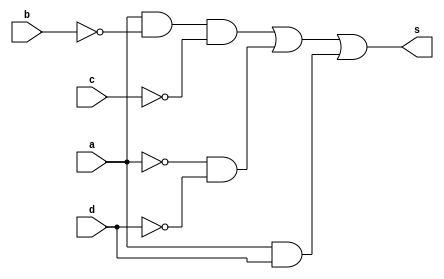
// Guia 08 - Capitulo 3
// Nome: Karen Alves Pereira
// Data: 07/04/2011
//-------------------------------

 module funcaoSop2 (s, a, b, c, d);
 output s;
 input a, b, c, d;
 wire tem1, tem2, tem3, tem4, tem5, tem6, tem7;
 
 not NOT1 (tem1,a);
 not NOT2 (tem2,b);
 not NOT3 (tem3,c);
 not NOT4 (tem4,d);
 and AND1 (tem5, a, tem2, tem3);
 and AND2 (tem6, tem1, tem4);
 and AND3 (tem7, a, d);
 or OR1 (s, tem5, tem6, tem7);
 
 endmodule
 
 module testefuncaoSop2;
 reg a, b, c, d;
 wire s;
 
 funcaoSop2 FUN2 (s, a, b, c, d);
 
  initial begin
      $display("Laboratorio 08 - Karen Alves Pereira - 407451");
      $display("TESTE FUNCAO");
      $display("\na    b    c    d    s\n");
      $monitor("%b   %b   %b    %b    %b", a, b, c, d, s);
		
		  a=0; b=0; c=0; d=0;
    #1  a=0; b=0; c=0; d=1;
    #1  a=0; b=0; c=1; d=0;
    #1  a=0; b=0; c=1; d=1;
	 #1  a=0; b=1; c=0; d=0;
    #1  a=0; b=1; c=0; d=1;
    #1  a=0; b=1; c=1; d=0;
    #1  a=0; b=1; c=1; d=1;
    #1  a=1; b=0; c=0; d=0;
    #1  a=1; b=0; c=0; d=1;
    #1  a=1; b=0; c=1; d=0;
	 #1  a=1; b=0; c=1; d=1;
    #1  a=1; b=1; c=0; d=0;
    #1  a=1; b=1; c=0; d=1;
    #1  a=1; b=1; c=1; d=0;
    #1  a=1; b=1; c=1; d=1;  
	    		  
    end
 
 endmodule